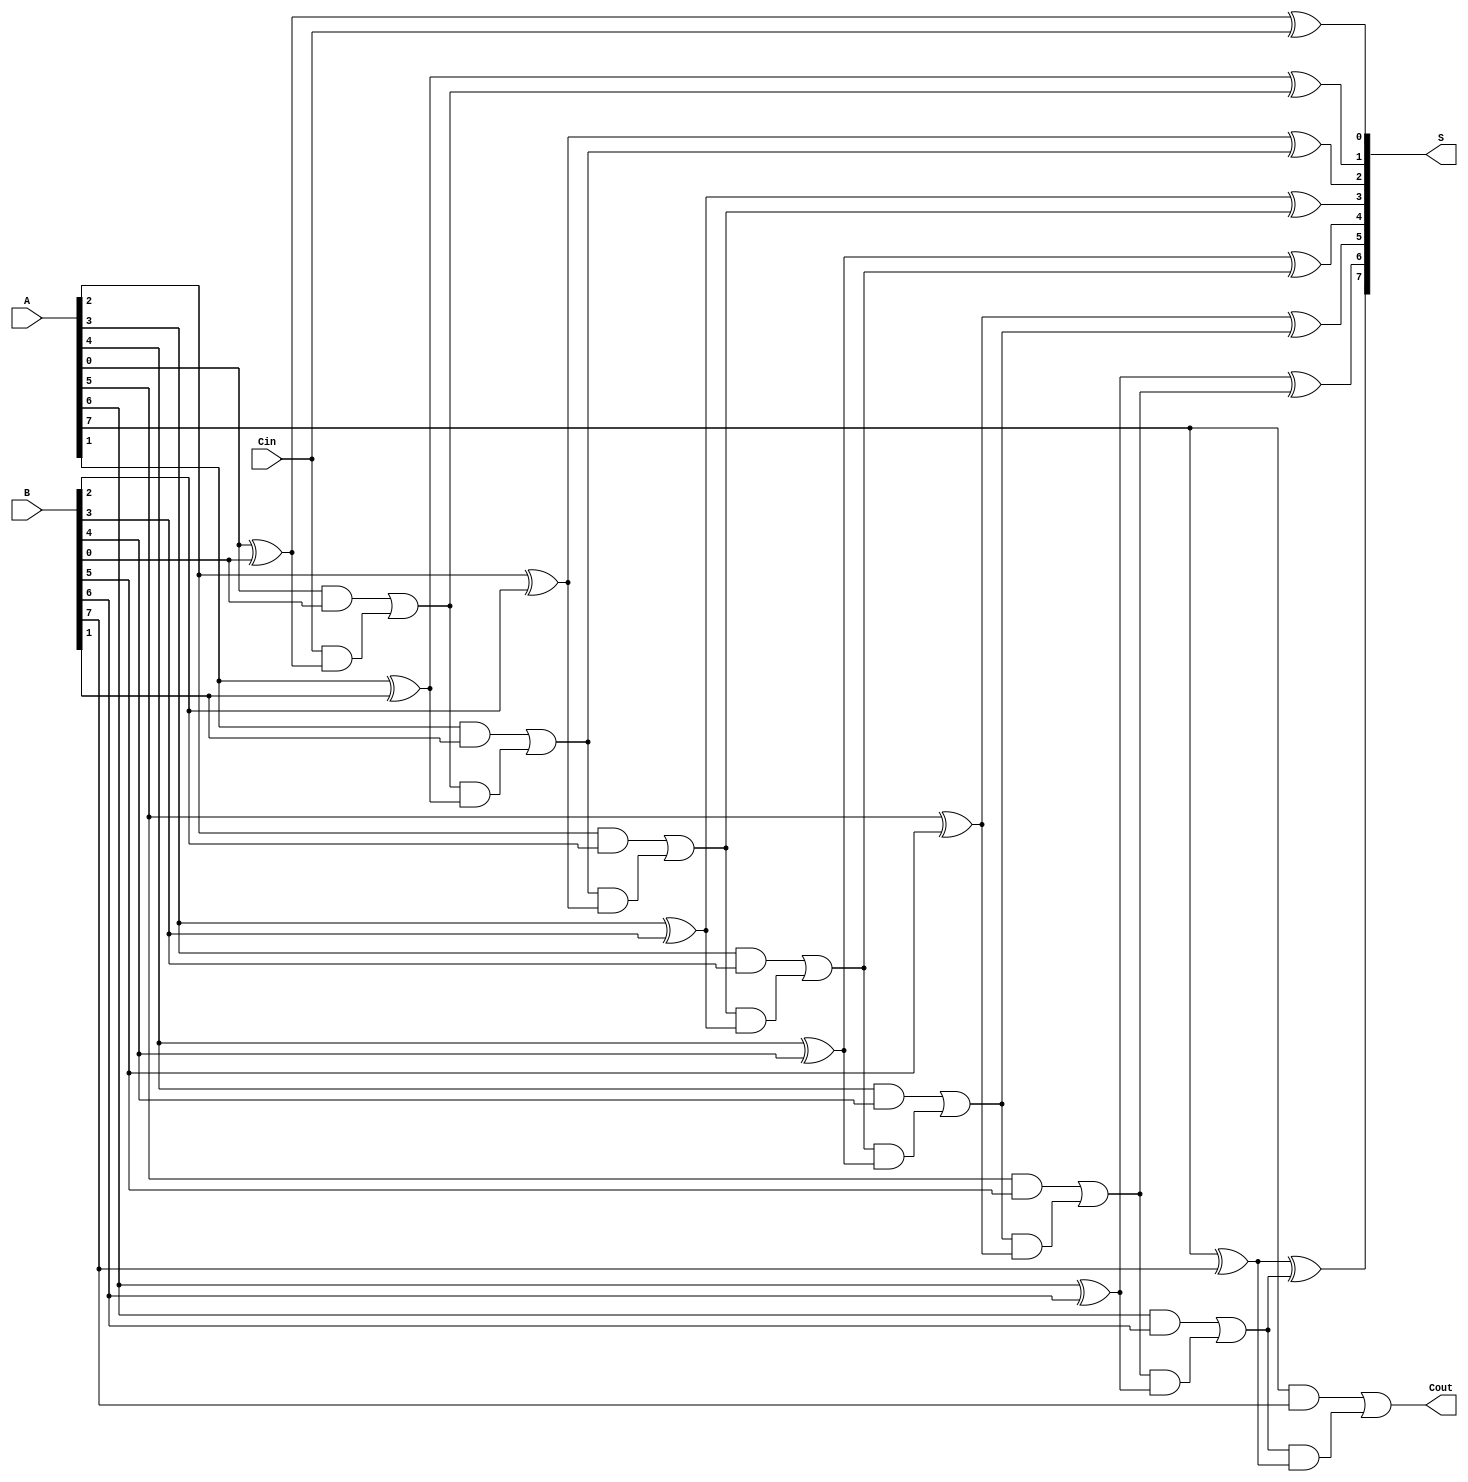
module ManchesterCarryChainAdder #(parameter N = 8) (
    input  wire [N-1:0] A,      // First n-bit input
    input  wire [N-1:0] B,      // Second n-bit input
    input  wire Cin,             // Carry-in
    output wire [N-1:0] S,       // n-bit sum output
    output wire Cout             // Carry-out
);

    wire [N:0] C; // Carry signals, C[0] is Cin, C[N] is Cout

    // Generate carry signals
    assign C[0] = Cin;

    genvar i;
    generate
        for (i = 0; i < N; i = i + 1) begin : full_adder
            wire A_i = A[i];
            wire B_i = B[i];

            // Full adder logic
            assign S[i] = A_i ^ B_i ^ C[i]; // Sum
            assign C[i + 1] = (A_i & B_i) | (C[i] & (A_i ^ B_i)); // Carry-out
        end
    endgenerate

    assign Cout = C[N]; // Final carry-out

endmodule